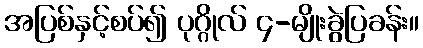
အပြစ်နှင့်စပ်၍ ပုဂ္ဂိုလ် ၄-မျိုးခွဲပြခန်း။